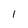
Character: l